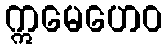
ဣမေဟေဝ